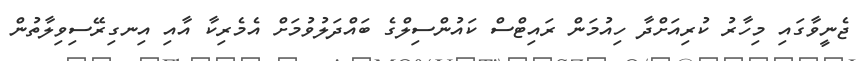
ޖެނީވާގައި މިހާރު ކުރިއަށްދާ ހިއުމަން ރައިޓްސް ކައުންސިލްގެ ބައްދަލުވުމަށް އެމެރިކާ އާއި އިނގިރޭސިވިލާތުން